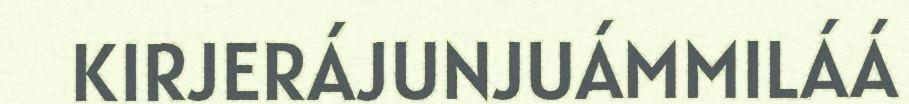
KIRJERÁJUNJUÁMMILÁÁ